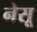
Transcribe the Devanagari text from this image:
नेसू